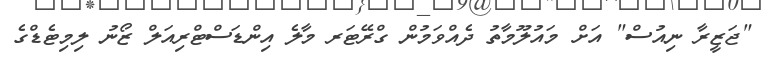
"ޖަޒީރާ ނިއުސް" އަށް މައުލޫމާތު ދެއްވަމުން ގްރޭޓަރ މާލެ އިންޑަސްޓްރިއަލް ޒޯނު ލިމިޓެޑްގެ